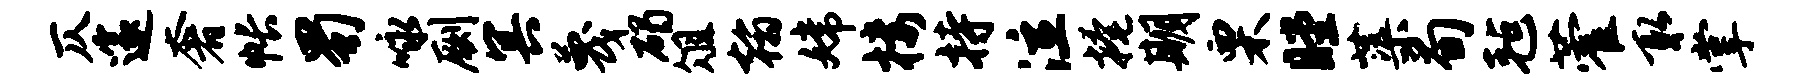
仄邃奢帐蜀咏劂冥蔑碣俎翰嫦楼持泣掩期栗瞠蕖荀毡藿取掌